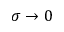
\sigma \to 0